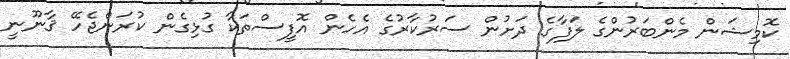
ކޮމިޝަން މެންބަރުންގެ ލަފާގެ ދަށުން ސަރުކާރުގެ އެހެން އޮފީސްތަކާ ގުޅިގެން ކުރަންޖެހޭ ޤާނޫނީ